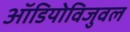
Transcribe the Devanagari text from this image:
ऑडियोविजुवल